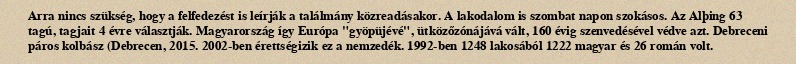
Arra nincs szükség, hogy a felfedezést is leírják a találmány közreadásakor. A lakodalom is szombat napon szokásos. Az Alþing 63 tagú, tagjait 4 évre választják. Magyarország így Európa "gyöpüjévé", ütközőzónájává vált, 160 évig szenvedésével védve azt. Debreceni páros kolbász (Debrecen, 2015. 2002-ben érettségizik ez a nemzedék. 1992-ben 1248 lakosából 1222 magyar és 26 román volt.